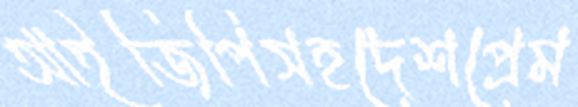
আইজিপিসহদেশপ্রেম